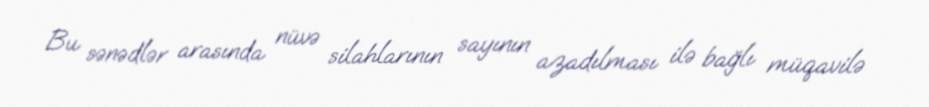
Bu sənədlər arasında nüvə silahlarının sayının azadılması ilə bağlı müqavilə